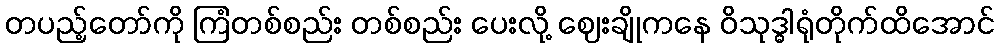
တပည့်တော်ကို ကြံတစ်စည်း တစ်စည်း ပေးလို့ ဈေးချိုကနေ ဝိသုဒ္ဓါရုံတိုက်ထိအောင်